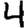
Digit: 4